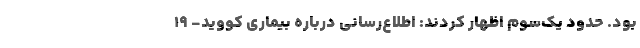
بود. حدود یک‌سوم اظهار کردند: اطلاع‌رسانی درباره بیماری کووید- ۱۹